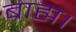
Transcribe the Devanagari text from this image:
ब्राह्म।